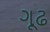
ગૂઢ